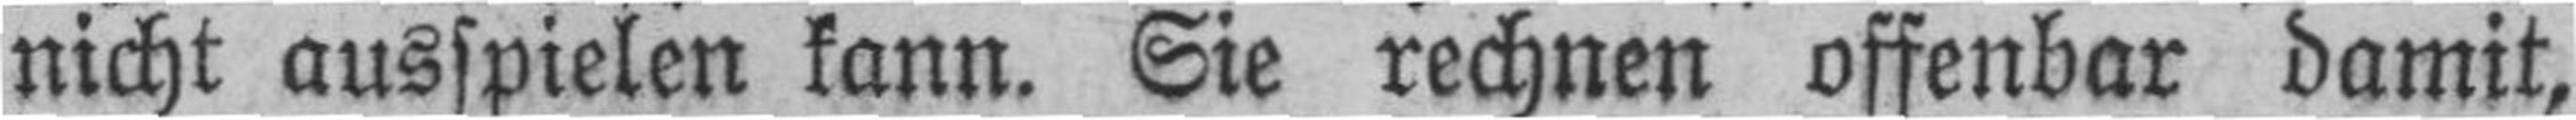
nicht ausspielen kann. Sie rechnen offenbar damit,